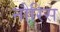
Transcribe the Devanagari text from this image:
नौरिस